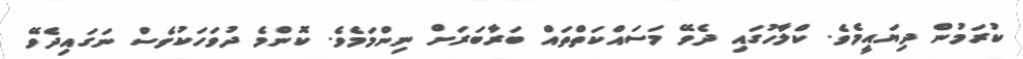
ކުރަމުން ދިޔައީމެވެ. ކްލާހުގައި ދެވޭ މަސައްކަތްތައް ބަރާބަރަށް ނިންމަމެވެ. ކޮންމެ ދުވަހަކުވެސް ނަގައިދެވޭ